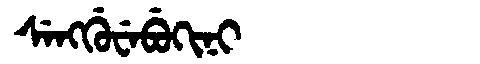
Manchu: ᠰᡝᠩᡤᡠᠸᡝᠪᡠᡴᡳᠨᡳ
Romanization: SENGGUWEBUKINI